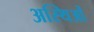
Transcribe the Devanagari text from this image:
अस्थिओं